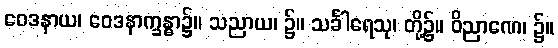
ဝေဒနာယ၊ ဝေဒနာက္ခန္ဓာ၌။ သညာယ၊ ၌။ သင်္ခါရေသု၊ တို့၌။ ဝိညာဏေ၊ ၌။